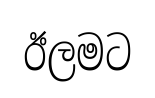
ඊලමට